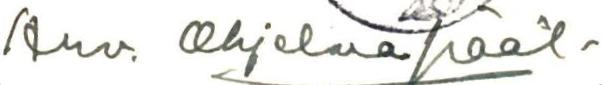
Arv. Ohjelmapääl-